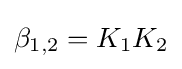
\beta _{1,2}=K_{1}K_{2}